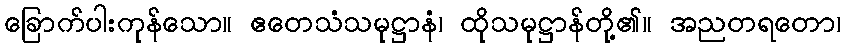
ခြောက်ပါးကုန်သော။ ဧတေသံသမုဋ္ဌာနံ၊ ထိုသမုဋ္ဌာန်တို့၏။ အညတရတော၊